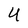
Character: U